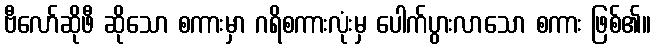
ဗီလော်ဆိုဖီ ဆိုသော စကားမှာ ဂရိစကားလုံးမှ ပေါက်ပွားလာသော စကား ဖြစ်၏။